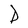
Character: D